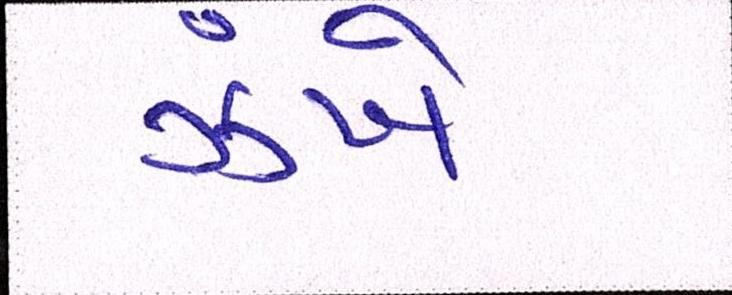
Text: ઝંખે